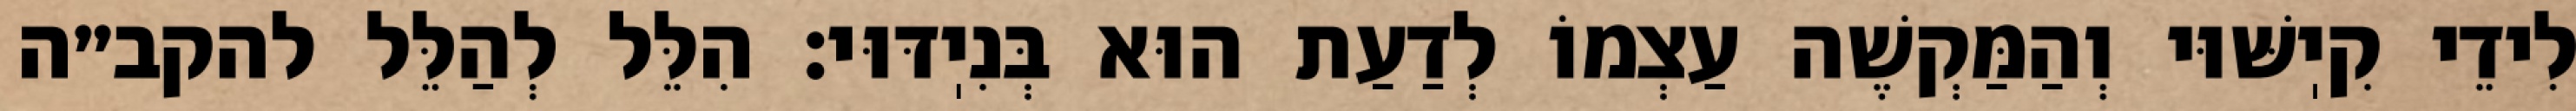
לִידֵי קִיֽשּׁוּי וְהַמַּקְשֶׁה עַצְמוֹ לְדַעַת הוּא בְּנִיֽדּוּי: הִלֵּל לְהַלֵּל להקב״ה